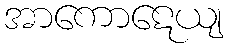
အာကောဋေယျ